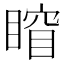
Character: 𥈾